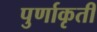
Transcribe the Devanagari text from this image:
पुर्णाकृती